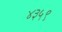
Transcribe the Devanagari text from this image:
४३५९